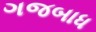
ગજબાધ